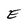
Character: E